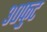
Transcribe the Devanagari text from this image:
३०फुट